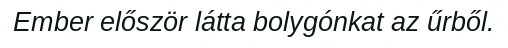
Ember először látta bolygónkat az űrből.